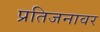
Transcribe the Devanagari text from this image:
प्रतिजनावर